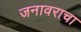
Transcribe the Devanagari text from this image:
जनावराचा